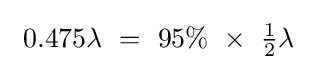
\ 0.475\lambda \ =\ 95\%\ \times \ {\tfrac {1}{2}}\lambda \